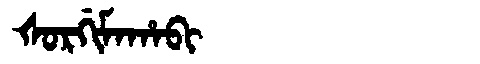
Manchu: ᡧᠣᡵᡤᡳᠮᠠᡥᠠᠪᡳ
Romanization: ŠORGIMAHABI